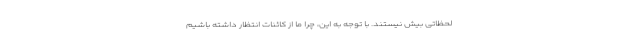
لحظاتی بیش نیستند. با توجه به این، چرا ما از کائنات انتظار داشته باشیم